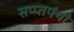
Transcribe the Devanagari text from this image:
सप्प्तपंथी